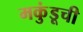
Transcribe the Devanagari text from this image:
मकुंडूची